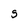
Character: S